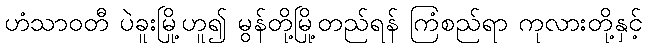
ဟံသာဝတီ ပဲခူးမြို့ဟူ၍ မွန်တို့မြို့တည်ရန် ကြံစည်ရာ ကုလားတို့နှင့်